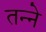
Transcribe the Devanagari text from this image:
तन्ने